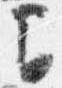
間